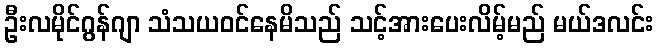
ဦးလမိုင်ဂွန်ဂျာ သံသယဝင်နေမိသည် သင့်အားပေးလိမ့်မည် မယ်ဒလင်း